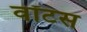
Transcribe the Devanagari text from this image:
वॉटस